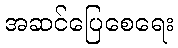
အဆင်ပြေစေရေး